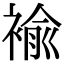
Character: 褕